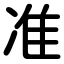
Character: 准